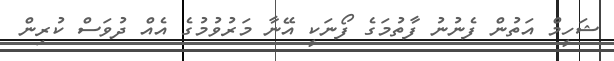
ޝަހީމް އަތުން ފެނުނު ފާތުމަގެ ފޯނަކީ އޭނާ މަރުވުމުގެ އެއް ދުވަސް ކުރިން